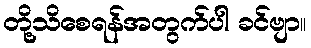
တို့သိစေရန်အတွက်ပါ ခင်ဗျာ။